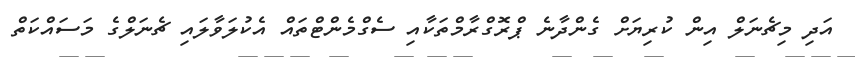
އަދި މިޗެނަލް އިން ކުރިޔަށް ގެންދާނެ ޕްރޮގްރާމްތަކާއި ސެގްމެންޓްތައް އެކުލަވާލައި ޗެނަލްގެ މަސައްކަތް